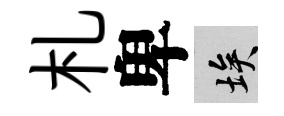
札卑埃